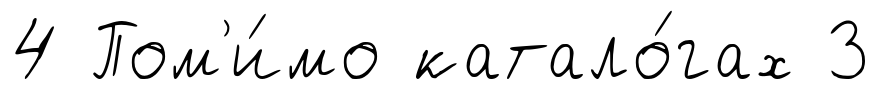
4 Пом'и́мо катало́гах 3